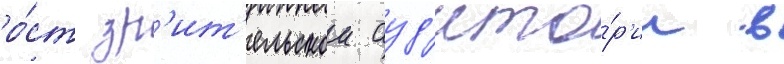
ро́ст зр'ит'ельскои ауд'ито́р'ии в